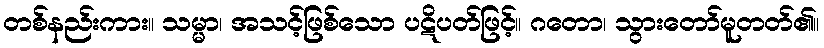
တစ်နည်းကား။ သမ္မာ၊ အသင့်ဖြစ်သော ပဋိပတ်ဖြင့်။ ဂတော၊ သွားတော်မူတတ်၏။